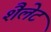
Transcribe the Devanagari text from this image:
शैलेट